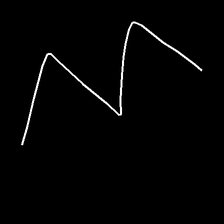
Glyph: crush